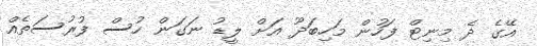
އޭގެ ދެ މިނިޓް ފަހުން މަހިބަދޫ އަށް ލީޑު ނަގަން ހުސް ފުރުސަތެއް